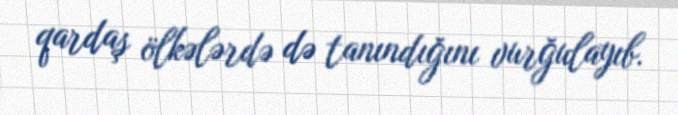
qardaş ölkələrdə də tanındığını vurğulayıb.